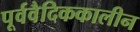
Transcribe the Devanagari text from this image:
पूर्ववैदिककालीन